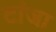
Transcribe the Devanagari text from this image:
टांजा